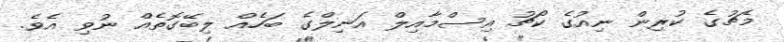
މެޗުގެ ކުރިން ނިއުގެ ކޯޗު އިސްމާއިލް އަނިލްގެ ބަހެއް ލިބޭގޮތެއް ނުވި އެވެ.